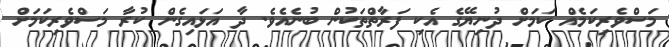
މަސްވެރިކަމެއް ކަމަށް ދުނިޔޭގެ އެކި ފަރާތްތަކުން ބުނެއެވެ. ދާ އަޅައިގެން ކުރާ މަސްވެރިކަމަށް